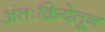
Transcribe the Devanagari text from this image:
अंतःक्रियेतून